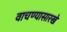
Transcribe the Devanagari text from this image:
वाचण्यासारखे